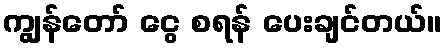
ကျွန်တော် ငွေ စရန် ပေးချင်တယ်။